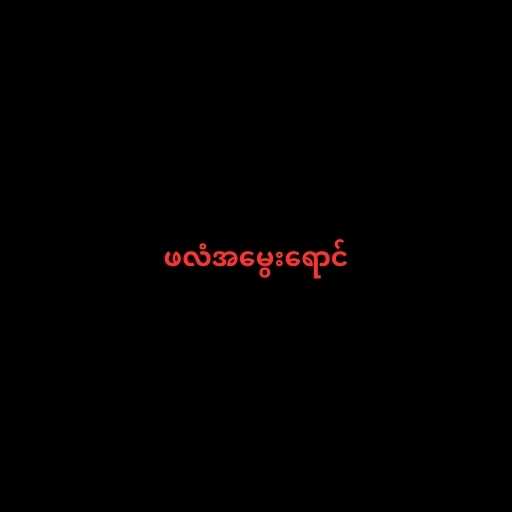
ဖလံအမွေးရောင်